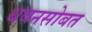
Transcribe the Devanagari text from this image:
धवनसोबत